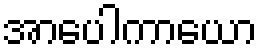
အာပေါကာယော